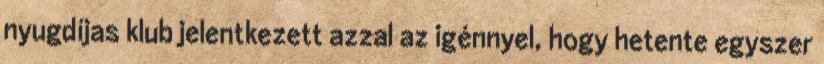
nyugdíjas klub jelentkezett azzal az igénnyel, hogy hetente egyszer